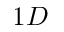
1 D